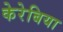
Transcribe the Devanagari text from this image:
केरेबिया